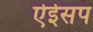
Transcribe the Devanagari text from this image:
ऐईसप